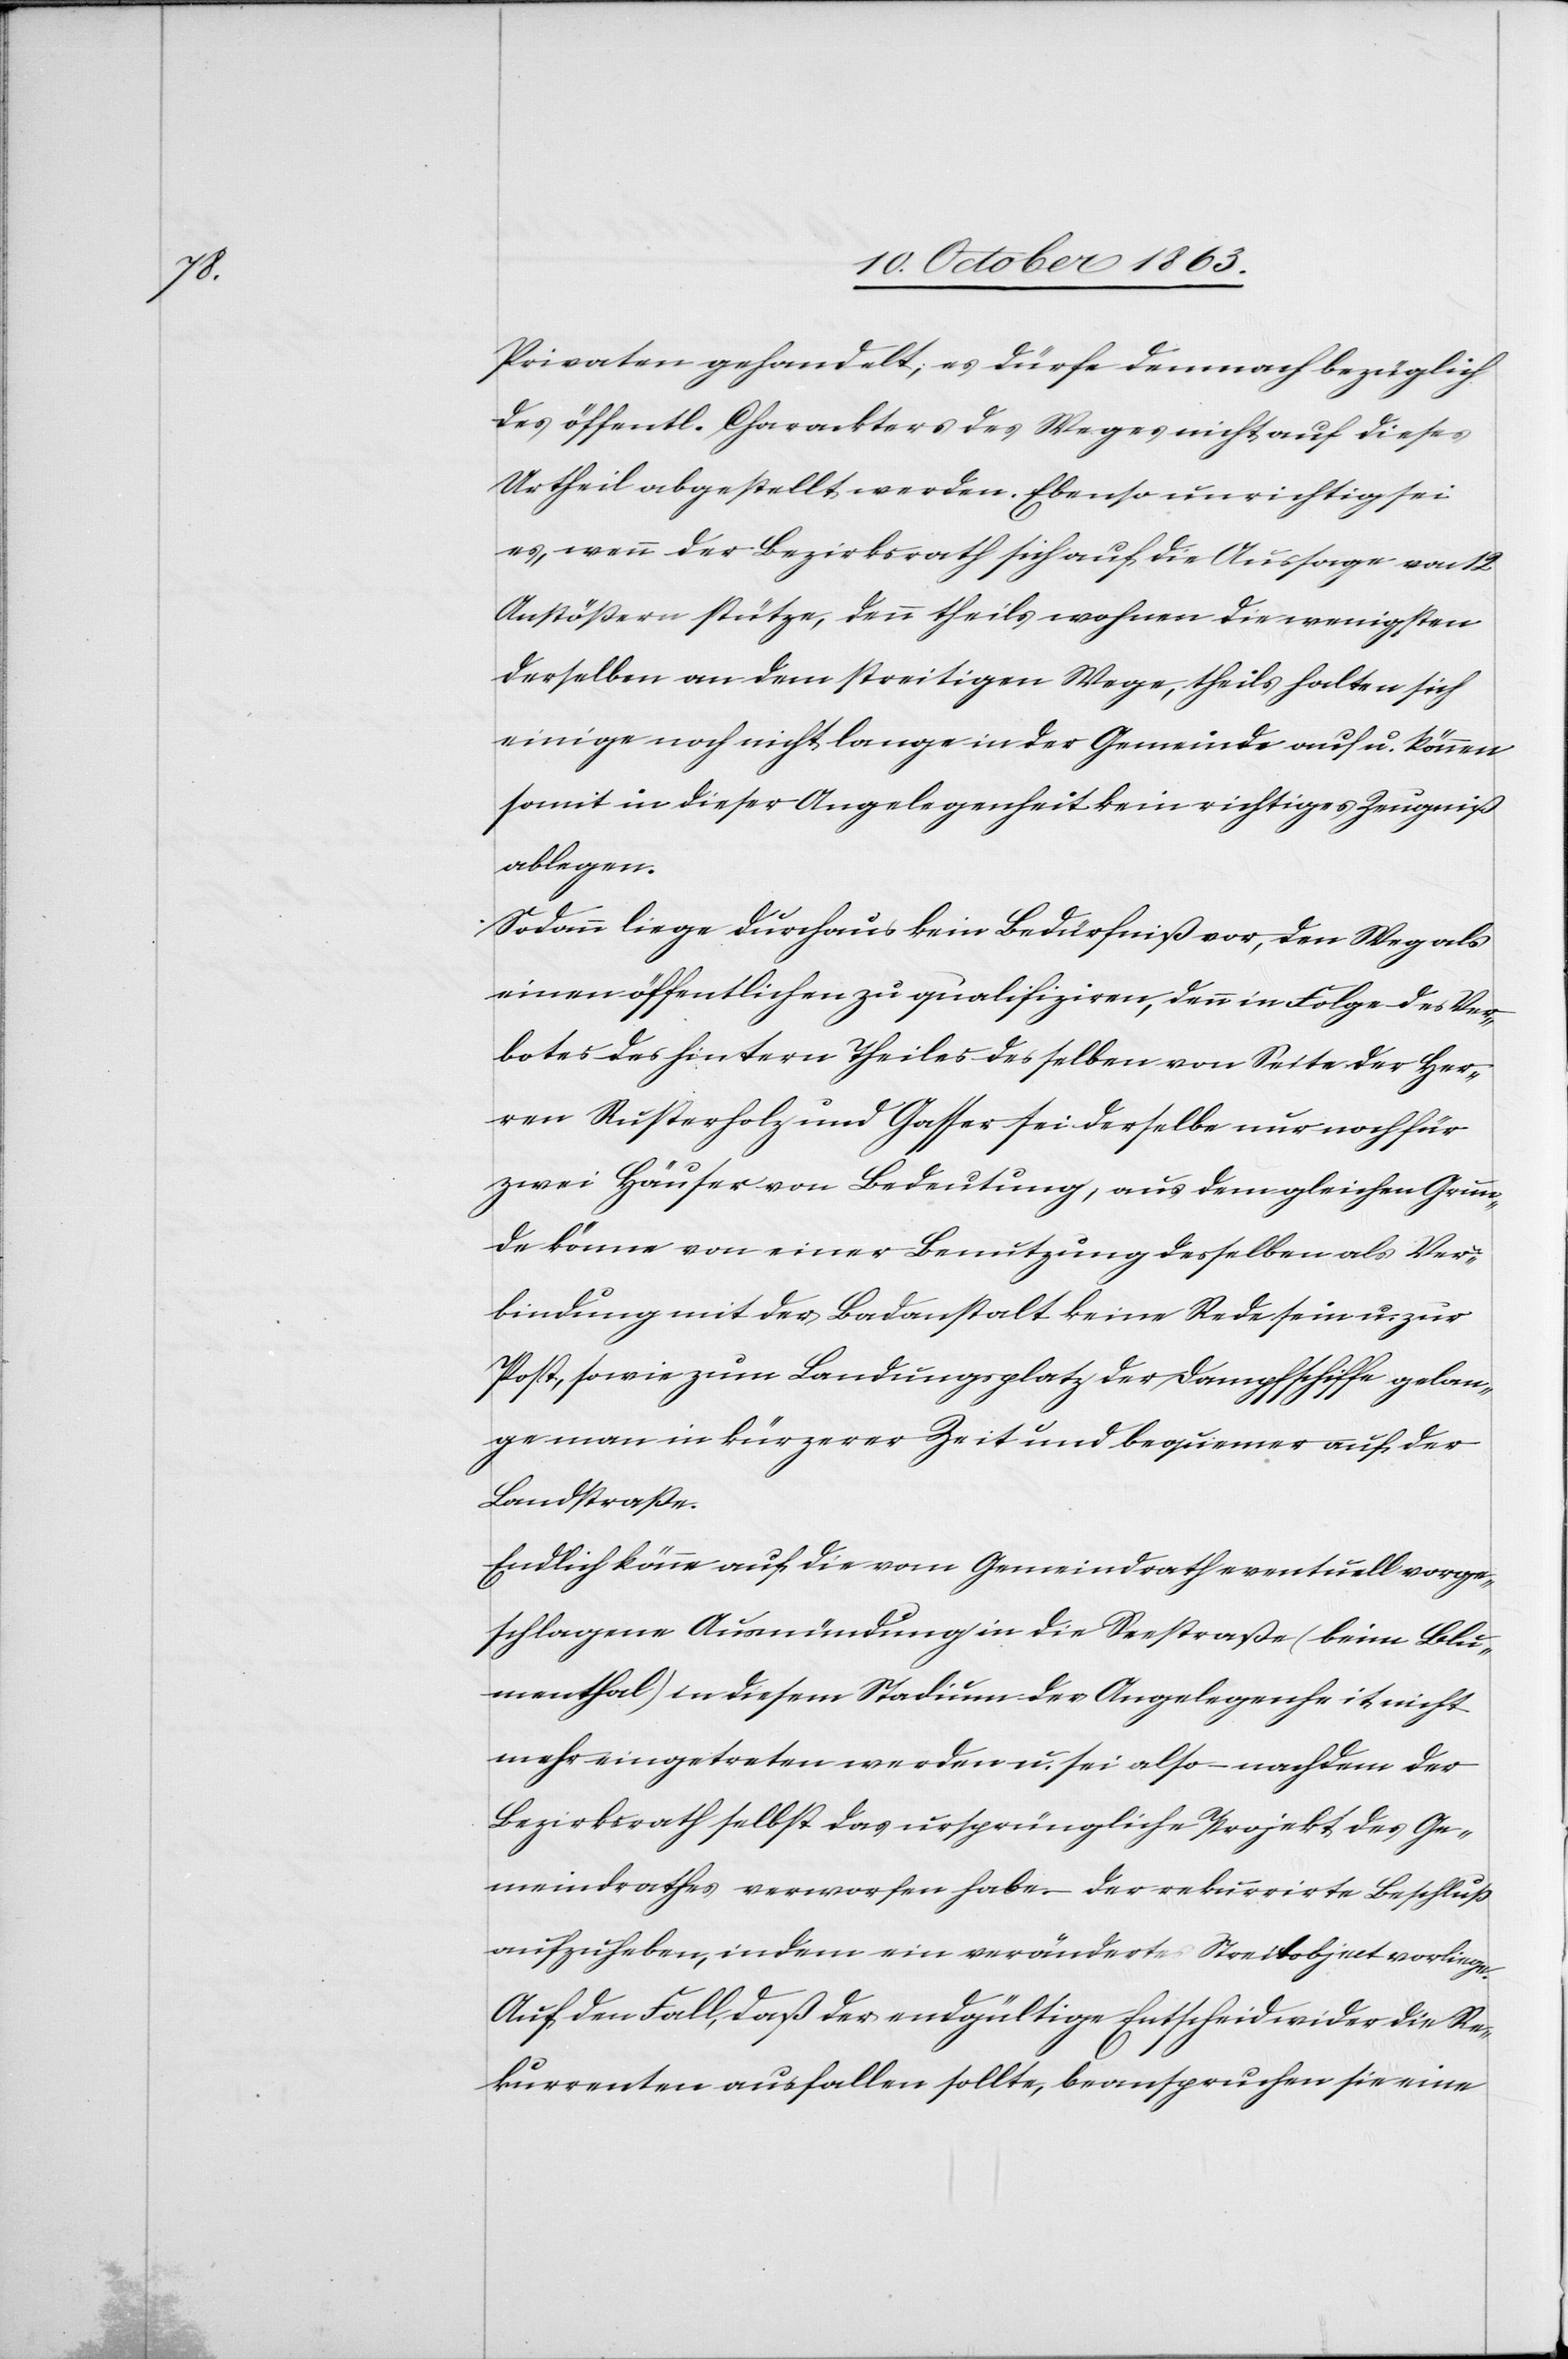
Privaten gehandelt; es dürfe demnach bezüglich
des öffentl. Charackters des Weges nicht auf dieses
Urtheil abgestellt werden. Ebenso unrichtig sei
es, wenn der Bezirksrath sich auf die Aussage von 12
Anstößern stütze, denn theils wohnen die wenigsten
derselben an dem streitigen Wege, theils halten sich
einige noch nicht lange in der Gemeinde auf u. können
somit in dieser Angelegenheit kein richtiges Zeugniß
ablegen.
Sodann liege durchaus kein Bedürfniß vor, den Weg als
einen öffentlichen zu qualifiziren, denn in Folge des Ver¬
botes des hintern Theiles desselben von Seite der Her¬
ren Rusterholz und Gasser sei derselbe nur noch für
zwei Häuser von Bedeutung, aus dem gleichen Grun¬
de könne von einer Benutzung desselben als Ver¬
bindung mit der Badanstalt keine Rede sein u. zur
Post, sowie zum Landungsplatz der Dampfschiffe gelan¬
ge man in kürzerer Zeit und bequemer auf der
Landstraße.
Endlich könne auf die vom Gemeindrath eventuell vorge¬
schlagene Ausmündung in die Seestraße (beim Blu¬
menthal) in diesem Stadium der Angelegenheit nicht
mehr eingetreten werden u. sei also – nachdem der
Bezirksrath selbst das ursprüngliche Projekt des Ge¬
meindrathes verworfen habe – der rekurrirte Beschluß
aufzuheben, indem ein verändertes Streitobjekt vorliege.
Auf den Fall, daß der endgültige Entscheid wider die Re¬
kurrenten ausfallen sollte, beanspruchen sie eine